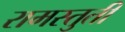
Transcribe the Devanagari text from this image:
रामस्तुती